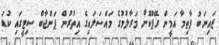
ޒައިނަބު ފާތިމާ އަމީން ރޭޕްކޮށް މަރާލުމުގެ މައްސަލައިގެ އިތުރުން ޕަންޖާބް ސިޓީގައި ކުޑަ